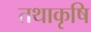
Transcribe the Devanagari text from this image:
तथाकृषि